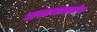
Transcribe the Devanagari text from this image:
उपासनाग्रंथ